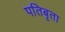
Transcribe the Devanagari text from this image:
पतिबृता